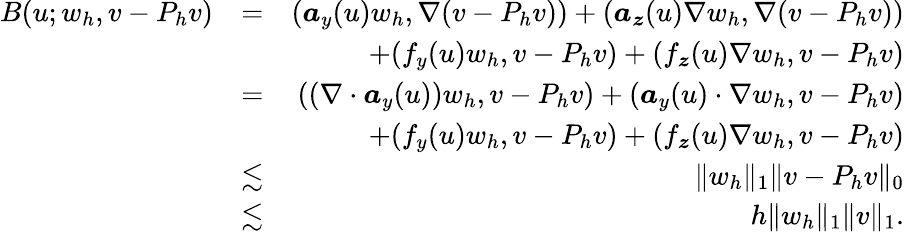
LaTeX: \begin{array}{rlr}{B(u;w_{h},v-P_{h}v)}&{=}&{(\boldsymbol{a}_{y}(u)w_{h},\nabla(v-P_{h}v))+(\boldsymbol{a}_{\boldsymbol{z}}(u)\nabla w_{h},\nabla(v-P_{h}v))}\\ &{}&{+(f_{y}(u)w_{h},v-P_{h}v)+(f_{\boldsymbol{z}}(u)\nabla w_{h},v-P_{h}v)}\\ &{=}&{((\nabla\cdot\boldsymbol{a}_{y}(u))w_{h},v-P_{h}v)+(\boldsymbol{a}_{y}(u)\cdot\nabla w_{h},v-P_{h}v)}\\ &{}&{+(f_{y}(u)w_{h},v-P_{h}v)+(f_{\boldsymbol{z}}(u)\nabla w_{h},v-P_{h}v)}\\ &{\lesssim}&{\| w_{h}\| _{1}\| v-P_{h}v\| _{0}}\\ &{\lesssim}&{h\| w_{h}\| _{1}\| v\| _{1}.}\end{array}